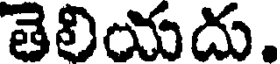
తెలియదు.